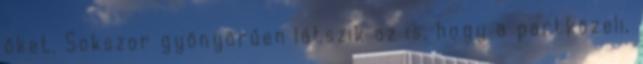
őket. Sokszor gyönyörűen látszik az is, hogy a partközeli,